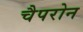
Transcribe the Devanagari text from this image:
चैपरोन